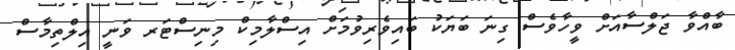
ބާއްވާ ޖަލްސާއަށް ވީހާވެސް ގިނަ ބަޔަކު ބައިވެރިވުމަށް އިސްލާމިކް މިނިސްޓަރ ވަނީ އިލްތިމާސް